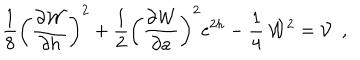
\frac { 1 } { 8 } \left( \frac { \partial { \cal W } } { \partial h } \right) ^ { 2 } + \frac { 1 } { 2 } \left( \frac { \partial { \cal W } } { \partial a } \right) ^ { 2 } \mathrm { e } ^ { 2 h } - \frac { 1 } { 4 } \, { \cal W } ^ { 2 } = { \cal V } ~ ~ ,